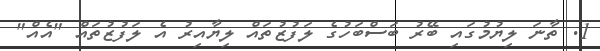
1. ތާނަ ލިޔުމުގައި ބޭރު ބަސްބަހުގެ ލަފުޒުތައް ލިޔާއިރު އެ ލަފުޒުތައް "އެއް"